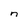
Character: n